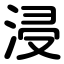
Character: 浸